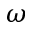
\omega